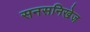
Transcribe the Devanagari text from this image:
सनसनिखेज